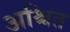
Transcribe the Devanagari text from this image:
अश्चित